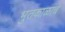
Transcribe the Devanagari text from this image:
भुतकाळाचे